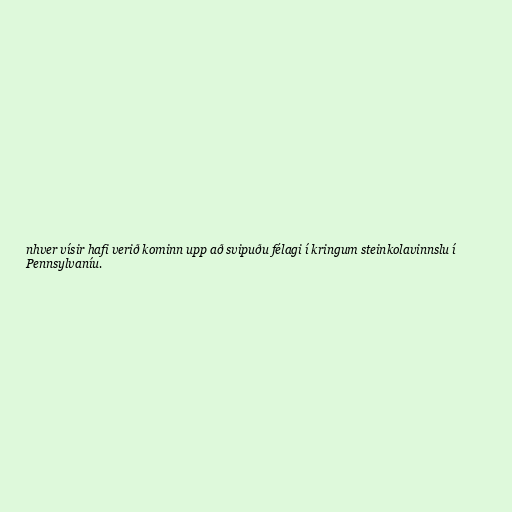
nhver vísir hafi verið kominn upp að svipuðu félagi í kringum steinkolavinnslu í
Pennsylvaníu.